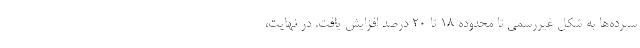
سپرده‌ها به شکل غیررسمی تا محدوده ۱۸ تا ۲۰ درصد افزایش یافت. در نهایت،